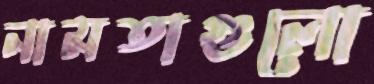
নামতাগুলো